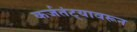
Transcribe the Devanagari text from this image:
कर्जतंट्यावरून